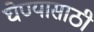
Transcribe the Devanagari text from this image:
घेण्‍यासाठी